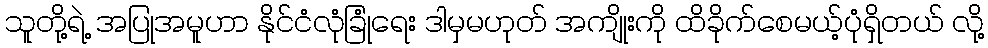
သူတို့ရဲ့ အပြုအမူဟာ နိုင်ငံလုံခြုံရေး ဒါမှမဟုတ် အကျိုးကို ထိခိုက်စေမယ့်ပုံရှိတယ် လို့